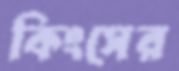
কিংসের